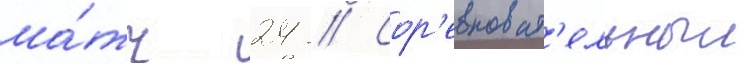
ма́тч 24 // Сор'евноват'ельныи